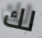
لك